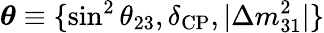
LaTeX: \boldsymbol{\theta}\equiv\{ \sin^{2}\theta_{23},\delta_{\mathrm{CP}},\vert\Delta m_{31}^{2}\vert\}